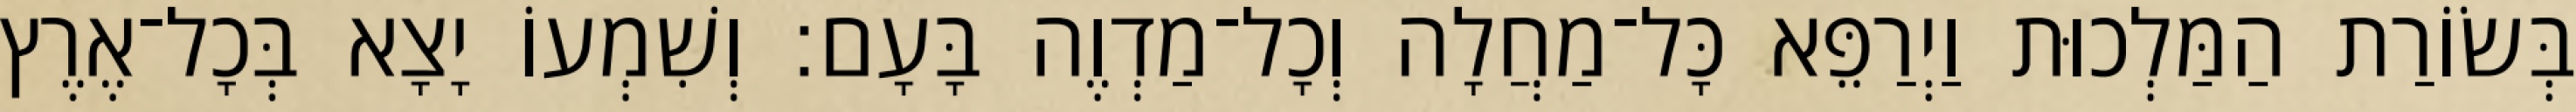
בְּשׂוֹרַת הַמַּלְכוּת וַיְרַפֵּא כָּל־מַחֲלָה וְכָל־מַדְוֶה בָּעָם׃ וְשִׁמְעוֹ יָצָא בְּכָל־אֶרֶץ